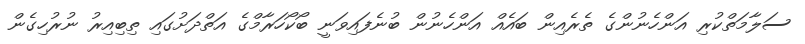
ސަލާމަތްކުރި އަންހެނުންގެ ތެރެއިން ބައެއް އަންހެނުން ބުނެފައިވަނީ ބޯކޯހަރާމްގެ އަތްދަށުގައި ތިބިއިރު ނުރުހިގެން